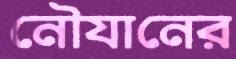
নৌযানের